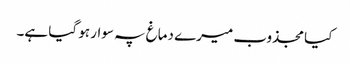
کیا مجذوب میرے دماغ پہ سوار ہو گیا ہے۔